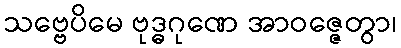
သဗ္ဗေပိမေ ဗုဒ္ဓဂုဏေ အာဝဇ္ဇေတွာ၊